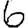
Digit: 6